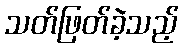
သတ်ဖြတ်ခဲ့သည့်